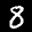
Label: 8